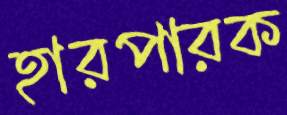
হারপারক